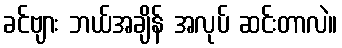
ခင်ဗျား ဘယ်အချိန် အလုပ် ဆင်းတာလဲ။